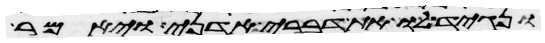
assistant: ונגיד לו את דברי אדני ויאמר